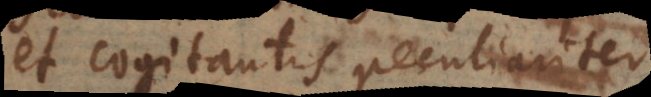
et cogitantis peculiariter